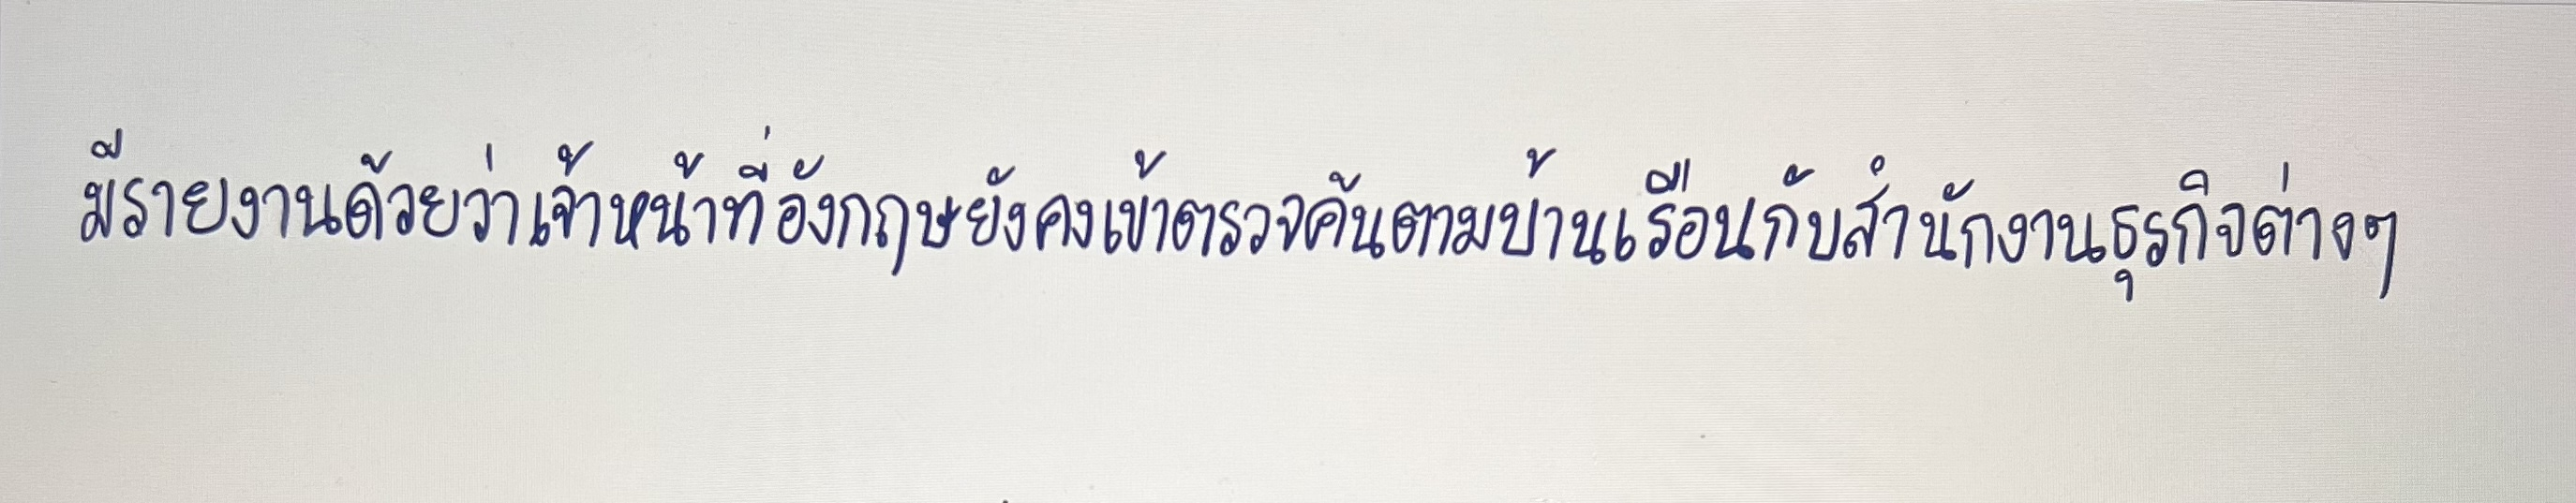
มีรายงานด้วยว่าเจ้าหน้าที่อังกฤษยังคงเข้าตรวจค้นตามบ้านเรือนกับสำนักงานธุรกิจต่างๆ